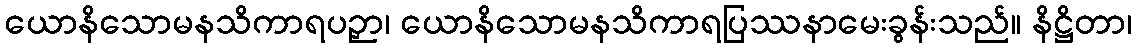
ယောနိသောမနသိကာရပဉှာ၊ ယောနိသောမနသိကာရပြဿနာမေးခွန်းသည်။ နိဋ္ဌိတာ၊